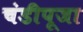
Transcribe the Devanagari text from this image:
चंडीपूजा